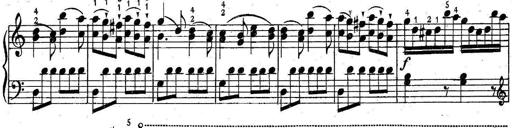
Title: 6 Easy Sonatinas
Composer: Carl Czerny